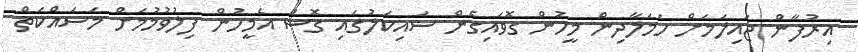
އިރުފާން ޖައިލަމަށް ހަމަލާދިން މީހުން ގޮވައިގެން ސައިކަލުގައި ގޮސް އެމީހުން ފިލުވުމުމަށް މަސައްކަތް